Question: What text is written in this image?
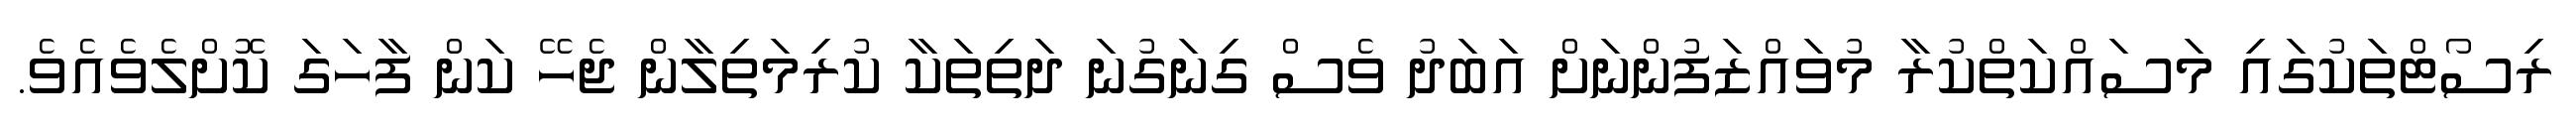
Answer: ރިސޯޓްތަކުގައި މަސައްކަތްކުރާ މުވައްޒަފުންނަށް އަބަދު ވެސް ގިނަގުނަ ދަތިތަކާ ކުރިމަތިލާން ޖެހޭ ކަން ފާހަގަ ކޮށްލެވެއެވެ.